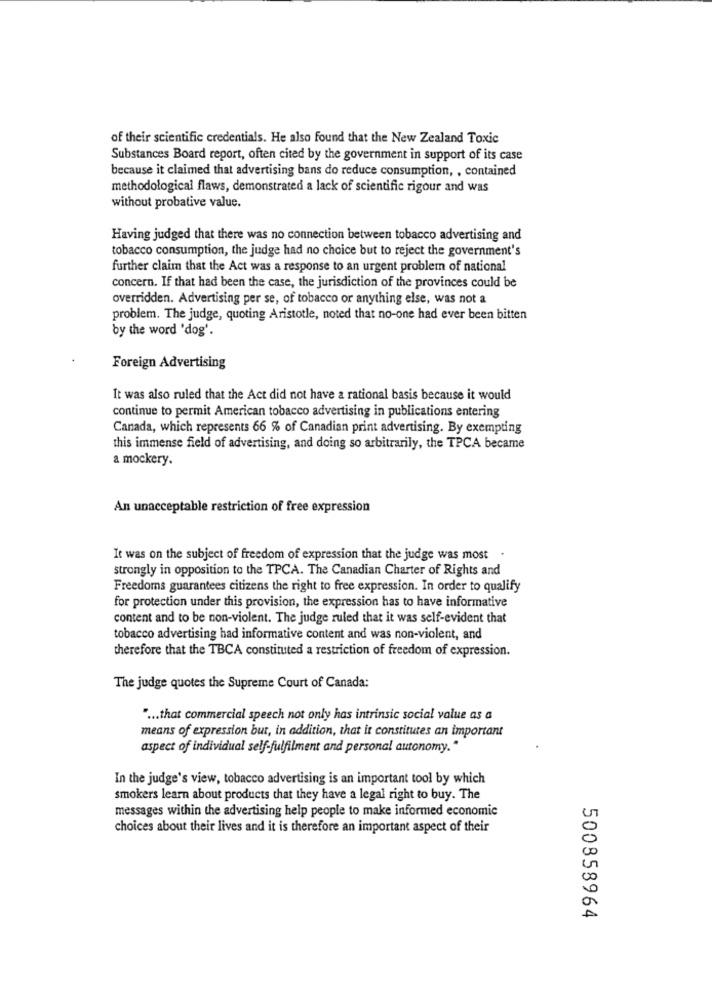
of their scientific credentials. He also found that the New Zealand Toxic
Substances Board report, often cited by the government in support of its case
because it claimed that advertising bans do reduce consumption, , contained
methodological flaws, demonstrated a lack of scientific rigour and was
without probative value.
Having judged that there was no connection between tobacco advertising and
tobacco consumption, the judge had no choice but to reject the government's
further claim that the Act was a response to an urgent problem of national
concern. If that had been the case, the jurisdiction of the provinces could be
overridden. Advertising per se, of tobacco or anything else, was not a
problem. The judge, quoting Aristotle, noted that no-one had ever been bitten
by the word 'dog'.
Foreign Advertising
It was also ruled that the Act did not have a rational basis because it would
continue to permit American tobacco advertising in publications entering
Canada, which represents 66 % of Canadian print advertising. By exempting
this immense field of advertising, and doing so arbitrarily, the TPCA became
a mockery.
An unacceptable restriction of free expression
It was on the subject of freedom of expression that the judge was most .
strongly in opposition to the TPCA. The Canadian Charter of Rights and
Freedoms guarantees citizens the right to free expression. In order to qualify
for protection under this provision, the expression has to have informative
content and to be non-violent. The judge ruled that it was self-evident that
tobacco advertising had informative content and was non-violent, and
therefore that the TBCA constituted a restriction of freedom of expression.
The judge quotes the Supreme Court of Canada:
" ... that commercial speech not only has intrinsic social value as a
means of expression but, in addition, that it constitutes an important
aspect of individual self-fulfilment and personal autonomy."
In the judge's view, tobacco advertising is an important tool by which
smokers learn about products that they have a legal right to buy. The
messages within the advertising help people to make informed economic
choices about their lives and it is therefore an important aspect of their
500858964